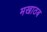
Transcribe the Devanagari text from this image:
मखाठब